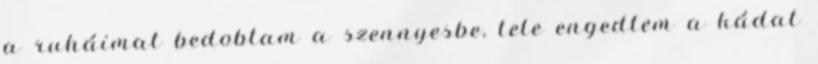
a ruháimat bedobtam a szennyesbe, tele engedtem a kádat